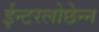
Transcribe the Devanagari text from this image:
ईन्टरलोछेन्न